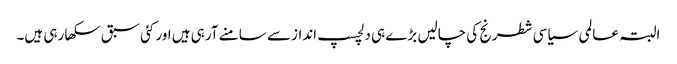
البتہ عالمی سیاسی شطرنج کی چالیں بڑے ہی دلچسپ انداز سے سامنے آرہی ہیں اور کئی سبق سکھا رہی ہیں۔